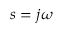
s = j \omega